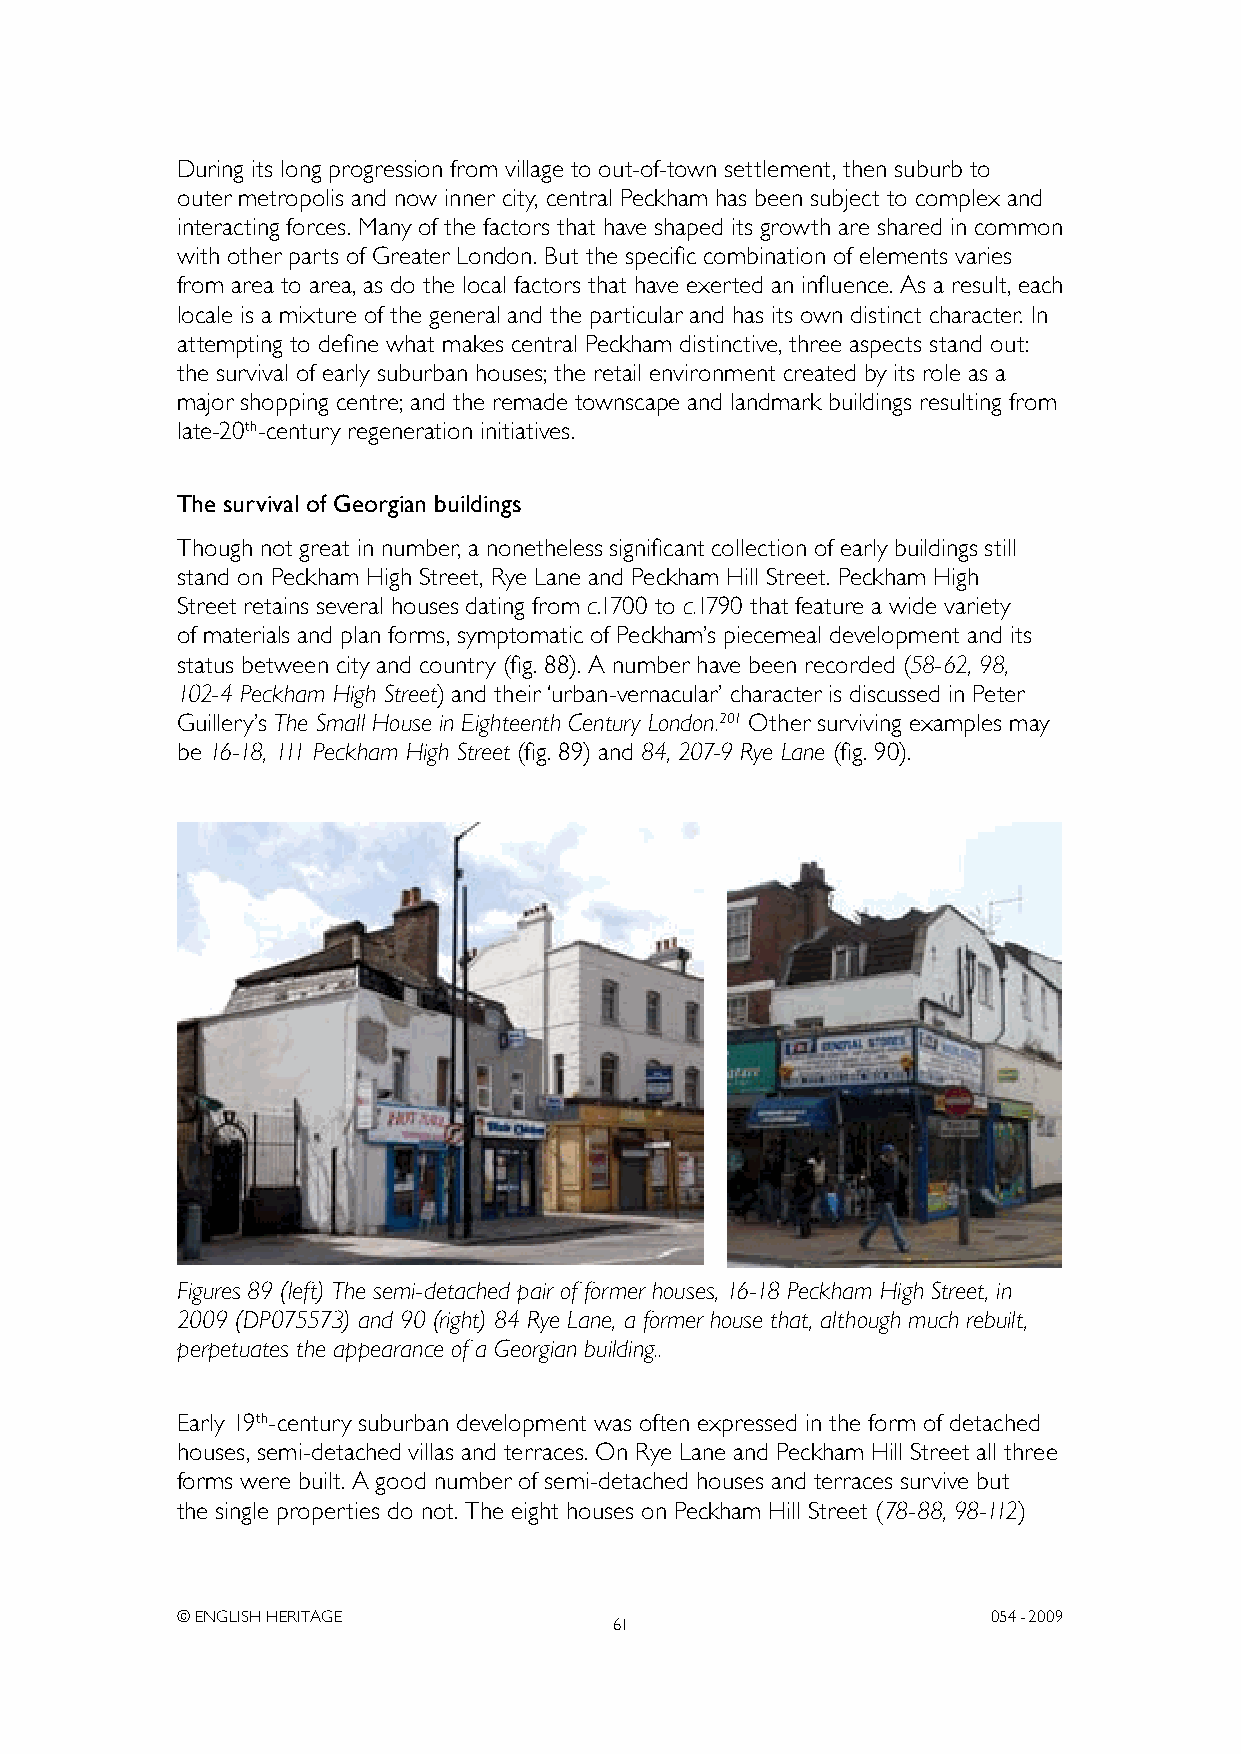
During its long progression from village to out-of-town settlement, then suburb to
 outer metropolis and now inner city, central Peckham has been subject to complex and
 interacting forces. Many of the factors that have shaped its growth are shared in common
 with other parts of Greater London. But the specific combination of elements varies
 from area to area, as do the local factors that have exerted an influence. As a result, each
 locale is a mixture of the general and the particular and has its own distinct character. In
 attempting to define what makes central Peckham distinctive, three aspects stand out:
 the survival of early suburban houses; the retail environment created by its role as a
 major shopping centre; and the remade townscape and landmark buildings resulting from
 late-20th-century regeneration initiatives.
 The survival of Georgian buildings
 Though not great in number, a nonetheless significant collection of early buildings still
 stand on Peckham High Street, Rye Lane and Peckham Hill Street. Peckham High
 Street retains several houses dating from c.1700 to c.1790 that feature a wide variety
 of materials and plan forms, symptomatic of Peckham’s piecemeal development and its
 status between city and country (fig. 88). A number have been recorded (58-62, 98,
 102-4 Peckham High Street) and their ‘urban-vernacular’ character is discussed in Peter
 Guillery’s The Small House in Eighteenth Century London.201 Other surviving examples may
 be 16-18, 111 Peckham High Street (fig. 89) and 84, 207-9 Rye Lane (fig. 90).
 Figures 89 (left) The semi-detached pair of former houses, 16-18 Peckham High Street, in
 2009 (DP075573) and 90 (right) 84 Rye Lane, a former house that, although much rebuilt,
 perpetuates the appearance of a Georgian building..
 Early 19th-century suburban development was often expressed in the form of detached
 houses, semi-detached villas and terraces. On Rye Lane and Peckham Hill Street all three
 forms were built. A good number of semi-detached houses and terraces survive but
 the single properties do not. The eight houses on Peckham Hill Street (78-88, 98-112)
 © ENGLISH HERITAGE                                    054- 2009
 61